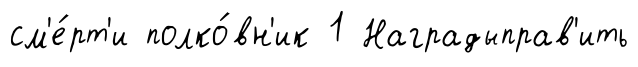
см'е́рт'и полко́вн'ик 1 Наградыправ'ить